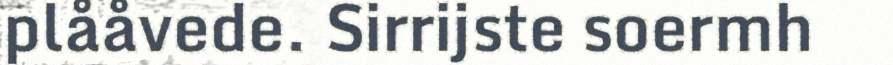
plååvede. Sirrijste soermh